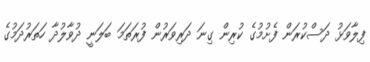
ފިލާވަޅު ދަސްކުރަން ފެށުމުގެ ކުރިން ގިނަ ދަރިވަރުން ފުރަތަމަ ބަލަނީ ދުވާލުދާ ހަތަރުދަމުގެ